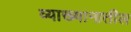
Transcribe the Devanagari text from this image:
व्याख्यानातील